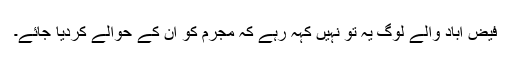
فیض آباد والے لوگ یہ تو نہیں کہہ رہے کہ مجرم کو ان کے حوالے کردیا جائے۔